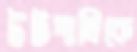
উটপাখিকে